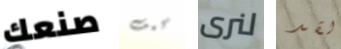
صنعك كيف لنرى لقد